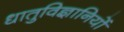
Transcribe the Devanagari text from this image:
धातुविज्ञानियों